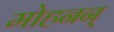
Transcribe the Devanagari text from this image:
मोहनन्